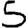
Digit: 5